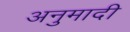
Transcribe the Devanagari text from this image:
अनुमादी